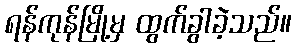
ရန်ကုန်မြို့မှ ထွက်ခွါခဲ့သည်။